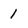
Character: l